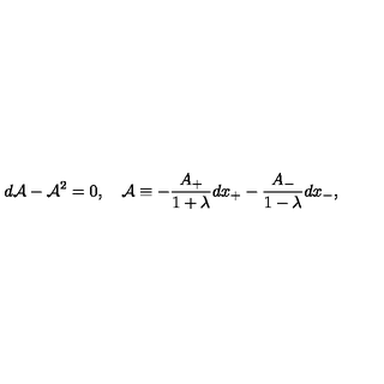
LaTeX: d { \cal A } - { \cal A } ^ { 2 } = 0 , \quad { \cal A } \equiv - { \frac { A _ { + } } { 1 + \lambda } } d x _ { + } - { \frac { A _ { - } } { 1 - \lambda } } d x _ { - } ,